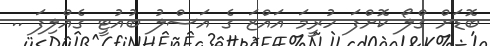
ބޮޑަށް ގްލޯ ކޮށްފަ ހުރީމަ އައްޒަ ގެ އަސްލު ބުއުޓީ ގެއްލިފަ ..